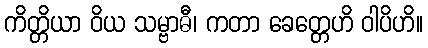
ကိတ္တိယာ ဝိယ သမ္ဗာဓီ၊ ကတာ ခေတ္တေဟိ ဝါပိဟိ။